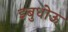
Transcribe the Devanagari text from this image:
इबुधोऊ